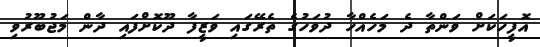
އޮފީހަކަށް ވަންތާ ދެ މަހެއްހާ ދުވަހުގެ ތެރޭގައި ވަޒީފާ ދޫކޮށްފައި ދާން މަޖުބޫރުވި